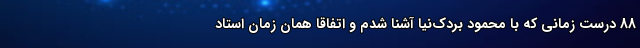
88 درست زمانی که با محمود بردک‌نیا آشنا شدم و اتفاقا همان زمان استاد